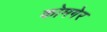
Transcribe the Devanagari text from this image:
कोमगेर